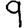
Digit: 9